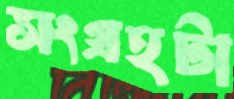
সংগ্রহটা